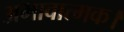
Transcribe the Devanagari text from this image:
अभावात्मक।